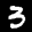
Label: 3